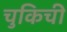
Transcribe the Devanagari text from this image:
चुकिची